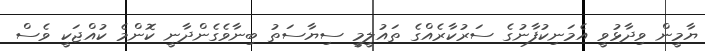
ޔާމީން ވިދާޅުވީ އެމަނިކުފާނުގެ ސަރުކާރެއްގެ ތައުލީމީ ސިޔާސަތު ބިނާވެގެންދާނީ ކޮންމެ ކުއްޖަކީ ވެސް